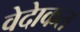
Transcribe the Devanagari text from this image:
वेदेाकत